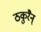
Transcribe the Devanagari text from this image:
ठकुरैन्